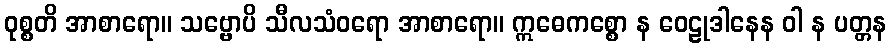
ဝုစ္စတိ အာစာရော။ သဗ္ဗောပိ သီလသံဝရော အာစာရော။ ဣဓေကစ္စော န ဝေဠုဒါနေန ဝါ န ပတ္တန